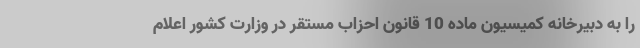
را به دبیرخانه کمیسیون ماده 10 قانون احزاب مستقر در وزارت کشور اعلام